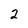
Character: 2